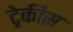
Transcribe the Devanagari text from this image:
ट्रेकीस